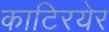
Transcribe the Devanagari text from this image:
काटिरयेर